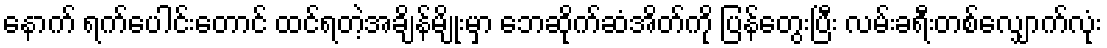
နောက် ရက်ပေါင်းတောင် ထင်ရတဲ့အချိန်မျိုးမှာ ဘေဆိုက်ဆံအိတ်ကို ပြန်တွေးပြီး လမ်းခရီးတစ်လျှောက်လုံး